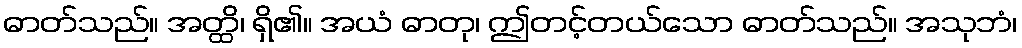
ဓာတ်သည်။ အတ္ထိ၊ ရှိ၏။ အယံ ဓာတု၊ ဤတင့်တယ်သော ဓာတ်သည်။ အသုဘံ၊